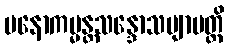
မနောကမ္မန္တသန္ဒောသဗျာပတ္တိ